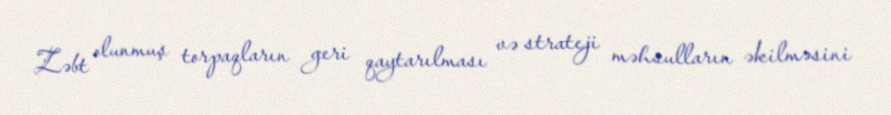
Zəbt olunmuş torpaqların geri qaytarılması və strateji məhsulların əkilməsini